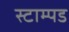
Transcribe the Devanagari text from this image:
स्टाम्पड